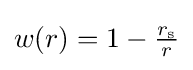
{\textstyle w(r)=1-{\frac {r_{\text{s}}}{r}}}